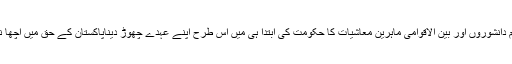
ان تین اہم دانشوروں اور بین الاقوامی ماہرینِ معاشیات کا حکومت کی ابتدا ہی میں اس طرح اپنے عہدے چھوڑ دیناپاکستان کے حق میں اچھا نہیں ہے۔